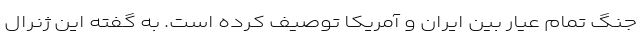
جنگ تمام عیار بین ایران و آمریکا توصیف کرده است. به گفته این ژنرال